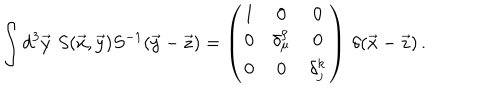
LaTeX: \int d ^ { 3 } \vec { y } \, \, S ( \vec { x } , \vec { y } ) S ^ { - 1 } ( \vec { y } - \vec { z } ) = \left( \begin{array} { c c c } { { 1 } } & { { 0 } } & { { 0 } } \\ { { 0 } } & { { \delta _ { \mu } ^ { \rho } } } & { { 0 } } \\ { { 0 } } & { { 0 } } & { { \delta _ { j } ^ { k } } } \\ \end{array} \right) \, \delta ( \vec { x } - \vec { z } ) \, .